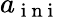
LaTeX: a_{\mathrm{~i~n~i~}}